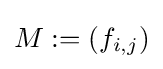
M:=\left(f_{i,j}\right)